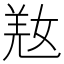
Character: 𡝸